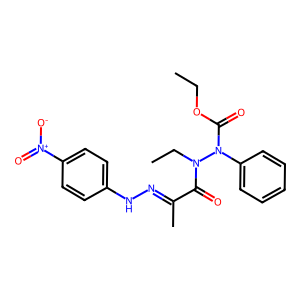
SMILES: CCOC(=O)N(c1ccccc1)N(CC)C(=O)C(C)=NNc1ccc([N+](=O)[O-])cc1
Inhibits HIV replication: No